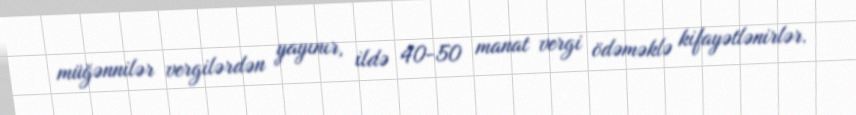
müğənnilər vergilərdən yayınır, ildə 40-50 manat vergi ödəməklə kifayətlənirlər.